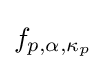
f_{p,\alpha ,\mathbf {\kappa } _{p}}